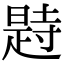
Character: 𣊒